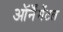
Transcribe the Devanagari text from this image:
ऑर्नॅमेंटल